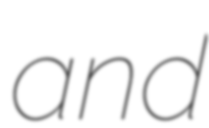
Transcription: and